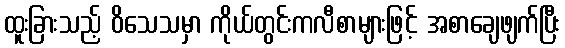
ထူးခြားသည့် ဝိသေသမှာ ကိုယ်တွင်းကလီစာများဖြင့် အစာချေဖျက်ပြီး